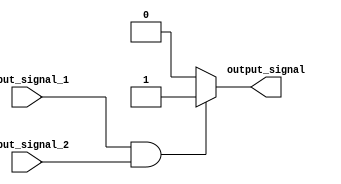
module generate_function (
  input wire input_signal_1,
  input wire input_signal_2,
  output reg output_signal
);

  always @(*) begin
    if (input_signal_1 && input_signal_2) begin
      output_signal <= 1; // Generate desired output based on input signals
    end else begin
      output_signal <= 0;
    end
  end

endmodule